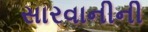
સારવાનીની